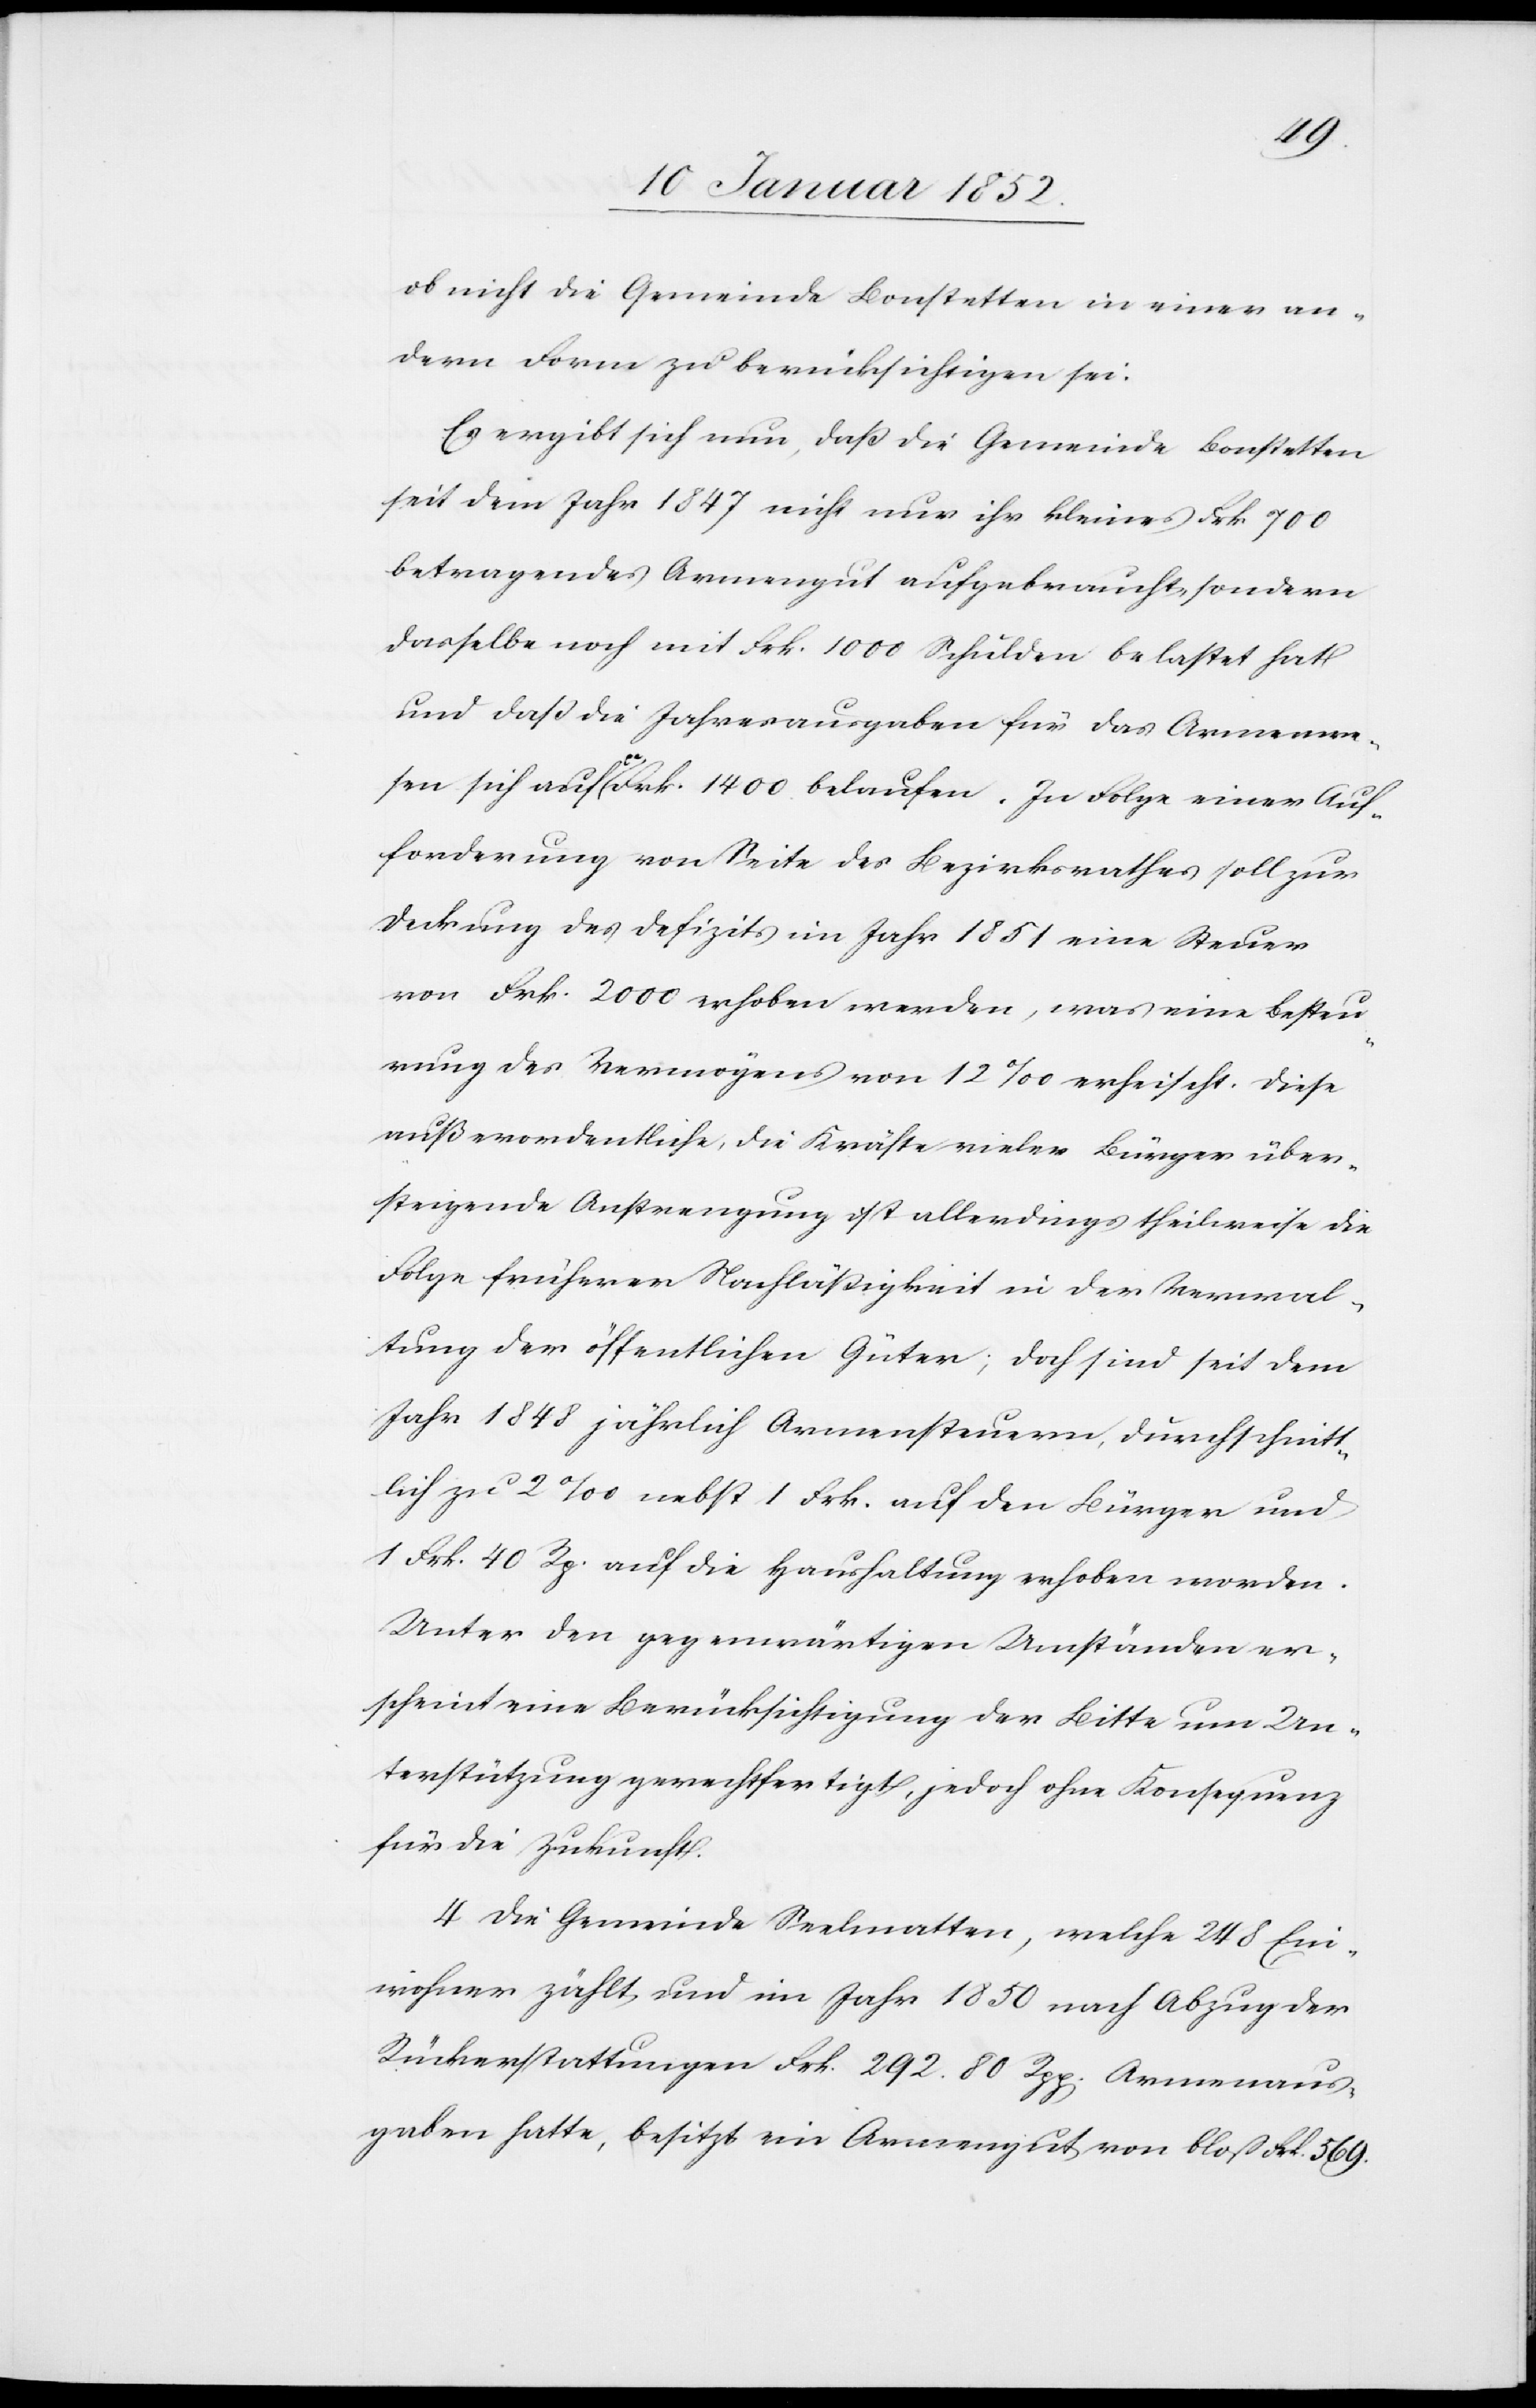
ob nicht die Gemeinde Bonstetten in einer an¬
dern Form zu berücksichtigen sei.
Es ergibt sich nun, daß die Gemeinde Bonstetten
seit dem Jahr 1847 nicht nur ihr kleines Frk. 700
betragende Armengut aufgebraucht, sondern
dasselbe noch mit Frk. 1000 Schulden belastet hat
und daß die Jahresausgaben für das Armenwe¬
sen sich auf ca Frk. 1400 belaufen. In Folge einer Auf¬
forderung von Seite des Bezirksrathes soll zur
Deckung des Defizits im Jahr 1851 eine Steuer
von Frk. 2000 erhoben werden, was eine Besteu¬
rung des Vermögens von 12 ‰ erheischt. Diese
außerordentliche, die Kräfte vieler Bürger über¬
steigende Anstrengung ist allerdings theilweise die
Folge früherer Nachläßigkeit in der Verwal¬
tung der öffentlichen Güter; doch sind seit dem
Jahr 1848 jährlich Armensteuern, durchschnitt¬
lich zu ca 2 ‰ nebst 1 Frk. auf den Bürger und
1 Frk. 40 Rp. auf die Haushaltung erhoben worden.
Unter den gegenwärtigen Umständen er¬
scheint eine Berücksichtigung der Bitte um Un¬
terstützung gerechtfertigt, jedoch ohne Konsequenz
für die Zukunft.
4[)] Die Gemeinde Seelmatten, welche 248 Ein¬
wohner zählt, und im Jahr 1850 nach Abzug der
Rückerstattungen Frk. 292. 80 Rpp. Armenaus¬
gaben hatte, besitzt ein Armengut von bloß Frk. 569.